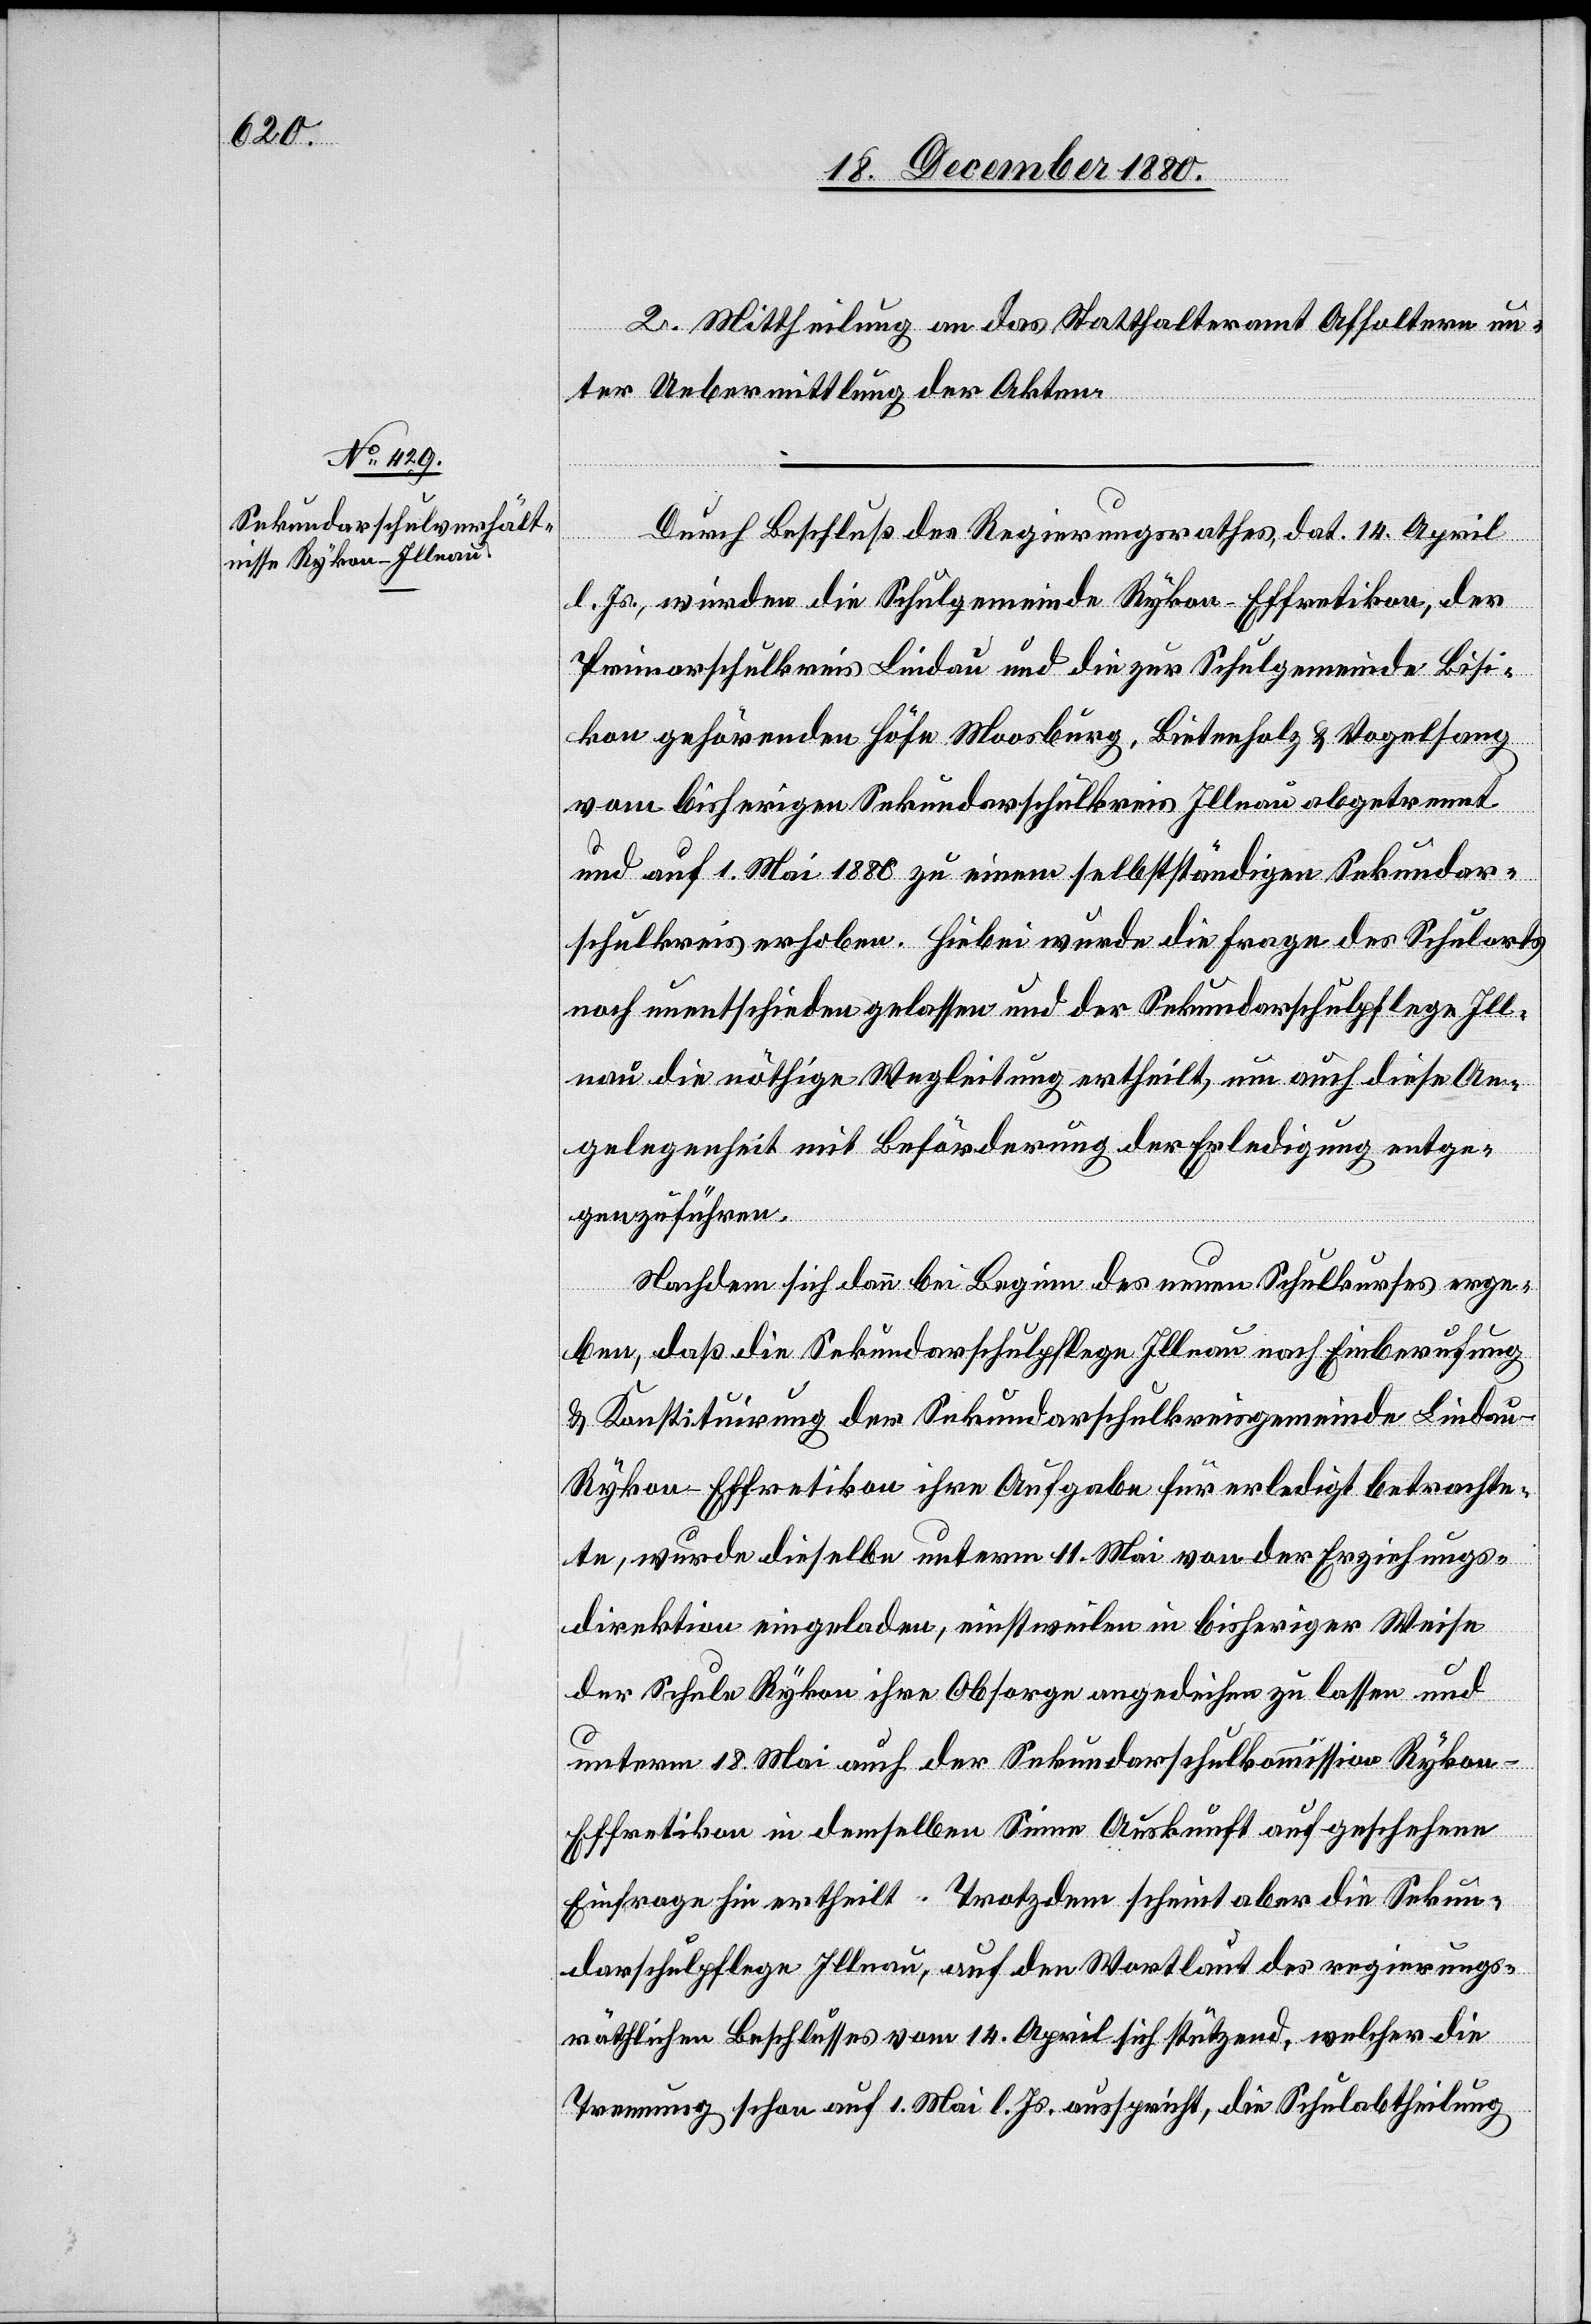
2. Mittheilung an das Statthalteramt Affoltern un¬
ter Uebermittlung der Akten.
Durch Beschluß des Regierungsrathes, dat. 14. April
l. Js., wurden die Schulgemeinde Rykon-Effretikon, der
Primarschulkreis Lindau und die zur Schulgemeinde Bisi¬
kon gehörenden Höfe Moosburg, Bietenholz & Vogelsang
vom bisherigen Sekundarschulkreis Illnau abgetrennt
und auf 1. Mai 1880 zu einem selbstständigen Sekundar¬
schulkreis erhoben. Hiebei wurde die Frage des Schulorts
noch unentschieden gelassen und der Sekundarschulpflege Ill¬
nau die nöthige Wegleitung ertheilt, um auch diese An¬
gelegenheit mit Beförderung der Erledigung entge¬
genzuführen.
Nachdem sich dann bei Beginn des neuen Schulkurses erge¬
ben, daß die Sekundarschulpflege Illnau nach Einberufung
& Konstituirung der Sekundarschulkreisgemeinde Lindau-R¬
ykon-Effretikon ihre Aufgabe für erledigt betracht¬
e, wurde dieselbe unterm 11. Mai von der Erziehungs¬
direktion eingeladen, einstweilen in bisheriger Weise
der Schule Rykon ihre Obsorge angedeihen zu lassen und
unterm 18. Mai auch der Sekundarschulkommission Rykon-E¬
ffretikon in demselben Sinne Auskunft auf geschehene
Einfrage hin ertheilt. Trotzdem scheint aber die Sekun¬
darschulpflege Illnau, auf den Wortlaut des regierungs¬
räthlichen Beschlusses vom 14. April sich stützend, welcher die
Trennung schon auf 1. Mai l. Js. ausspricht, die Schulabtheilung